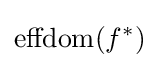
\mathrm {effdom} (f^{*})